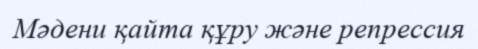
Мәдени қайта құру және репрессия